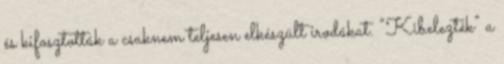
és kifosztották a csaknem teljesen elkészült irodákat. “Kibelezték” a